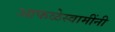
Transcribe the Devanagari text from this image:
आफळेस्वामींनी